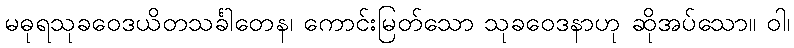
မဓုရသုခဝေဒယိတသင်္ခါတေန၊ ကောင်းမြတ်သော သုခဝေဒနာဟု ဆိုအပ်သော။ ဝါ၊